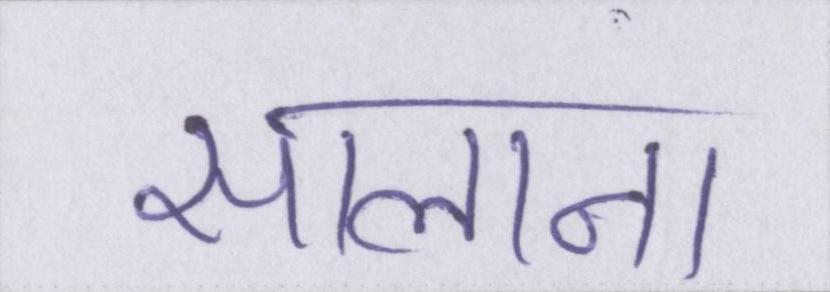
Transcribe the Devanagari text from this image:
सालाना